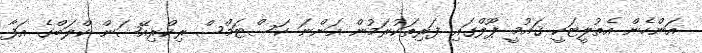
އަންހެން އެތުލީޓަކީ ޤައުމީ ޕޫލްގައި ފަރިތަކުރަމުން އަންނަ ކަސްޓަމްސް ރިކްރިއޭޝަން ކްލަބްގެ އަފާ